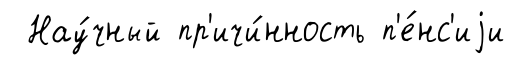
Нау́чный пр'ичи́нность п'е́нс'иjи